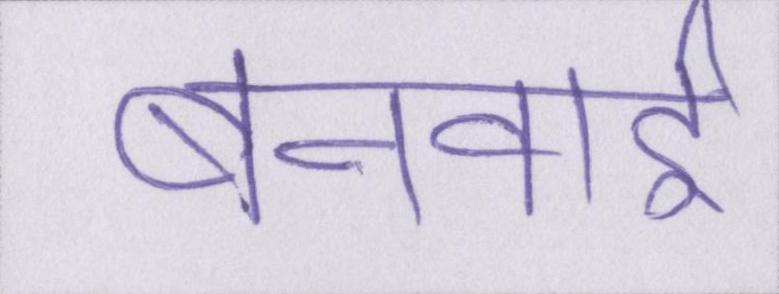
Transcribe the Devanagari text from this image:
बनवाई